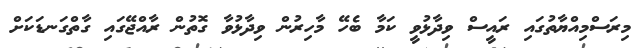
މިރަސްމިއްޔާތުގައި ރައީސް ވިދާޅުވީ ކަމާ ބެހޭ މާހިރުން ވިދާޅުވާ ގޮތުން ރާއްޖޭގައި ގާތްގަނޑަކަށް